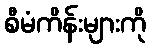
စီမံကိန်းများကို